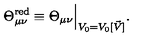
\Theta _ { \mu \nu } ^ { \mathrm { r e d } } \equiv \Theta _ { \mu \nu } \Big | _ { V _ { 0 } = V _ { 0 } [ \vec { V } ] } .